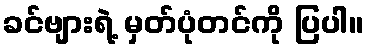
ခင်ဗျားရဲ့ မှတ်ပုံတင်ကို ပြပါ။